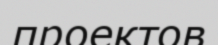
проектов